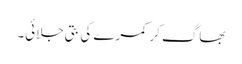
بھاگ کر کمرے کی بتی جلائی۔